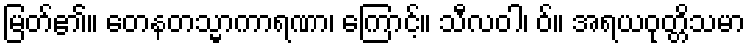
မြတ်၏။ တေနတသ္မာကာရဏာ၊ ကြောင့်။ သီလဝါ၊ ဝ်။ အရယဝုတ္တိသမာ